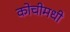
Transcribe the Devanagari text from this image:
कोचीमधी